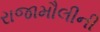
રાજામૌલીની